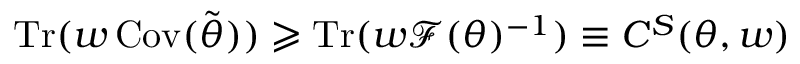
\operatorname { T r } ( \boldsymbol { w } \operatorname { C o v } ( \tilde { \boldsymbol { \theta } } ) ) \geqslant \operatorname { T r } ( \boldsymbol { w } \mathscr { F } ( \boldsymbol { \theta } ) ^ { - 1 } ) \equiv C ^ { S } ( \boldsymbol { \theta } , \boldsymbol { w } )